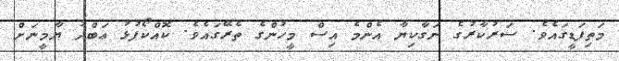
މަތިފަޑީގައެވެ. ސަރުކާރުގެ ނަގާކިޔާ އެންމެ އިސް މީހުންގެ ތެރޭގައެވެ. ކޮއްކޯފުޅު ޢަބްދު ޔާމީނަށް